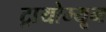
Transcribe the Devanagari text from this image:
ट्रायोम्यून